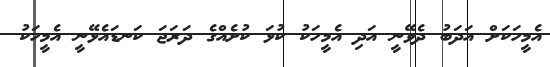
އެމީހަކަށް އަދަބު ދެވޭނީ އަދި އެމީހަކު ކުޅަ ކުށެއްގެ ދަރަޖަ ކަނޑައެޅޭނީ އެމީހަކު